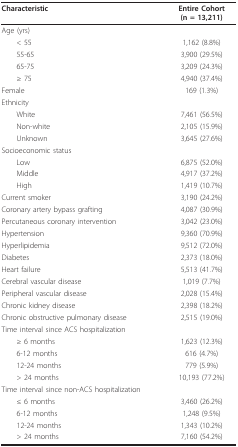
| Characteristic | Entire Cohort(n = 13,211) |
 | --- | --- |
 | Age (yrs) |  |
 | < 55 | 1,162 (8.8%) |
 | 55-65 | 3,900 (29.5%) |
 | 65-75 | 3,209 (24.3%) |
 | ≥ 75 | 4,940 (37.4%) |
 | Female | 169 (1.3%) |
 | Ethnicity |  |
 | White | 7,461 (56.5%) |
 | Non-white | 2,105 (15.9%) |
 | Unknown | 3,645 (27.6%) |
 | Socioeconomic status |  |
 | Low | 6,875 (52.0%) |
 | Middle | 4,917 (37.2%) |
 | High | 1,419 (10.7%) |
 | Current smoker | 3,190 (24.2%) |
 | Coronary artery bypass grafting | 4,087 (30.9%) |
 | Percutaneous coronary intervention | 3,042 (23.0%) |
 | Hypertension | 9,360 (70.9%) |
 | Hyperlipidemia | 9,512 (72.0%) |
 | Diabetes | 2,373 (18.0%) |
 | Heart failure | 5,513 (41.7%) |
 | Cerebral vascular disease | 1,019 (7.7%) |
 | Peripheral vascular disease | 2,028 (15.4%) |
 | Chronic kidney disease | 2,398 (18.2%) |
 | Chronic obstructive pulmonary disease | 2,515 (19.0%) |
 | Time interval since ACS hospitalization |  |
 | ≥ 6 months | 1,623 (12.3%) |
 | 6-12 months | 616 (4.7%) |
 | 12-24 months | 779 (5.9%) |
 | > 24 months | 10,193 (77.2%) |
 | Time interval since non-ACS hospitalization |  |
 | ≤ 6 months | 3,460 (26.2%) |
 | 6-12 months | 1,248 (9.5%) |
 | 12-24 months | 1,343 (10.2%) |
 | > 24 months | 7,160 (54.2%) |